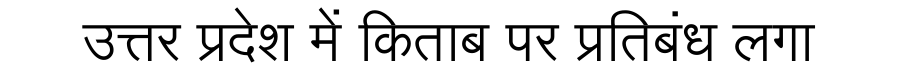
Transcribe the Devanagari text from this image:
उत्तर प्रदेश में किताब पर प्रतिबंध लगा